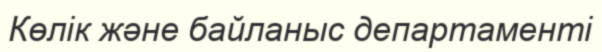
Көлік және байланыс департаменті